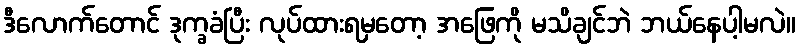
ဒီလောက်တောင် ဒုက္ခခံပြီး လုပ်ထားရမှတော့ အဖြေကို မသိချင်ဘဲ ဘယ်နေပါ့မလဲ။